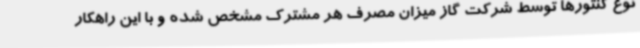
نوع کنتورها توسط شرکت گاز میزان مصرف هر مشترک مشخص شده و با این راهکار